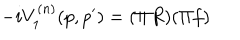
- i V _ { 1 } ^ { ( n ) } ( p , p ^ { \prime } ) = ( \Pi R ) ( \Pi f )